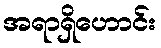
အရာရှိဟောင်း